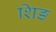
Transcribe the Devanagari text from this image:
शिङ